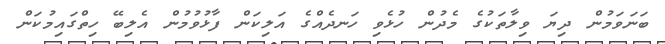
ބަނަވަމުން ދިޔަ ވިލާތަކުގެ މެދުން ހުޅެވި ހަނދެއްގެ އަލިކަން ފާޅުވުމުން އެލިބޭ ހިތްގައިމުކަން